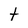
Character: t